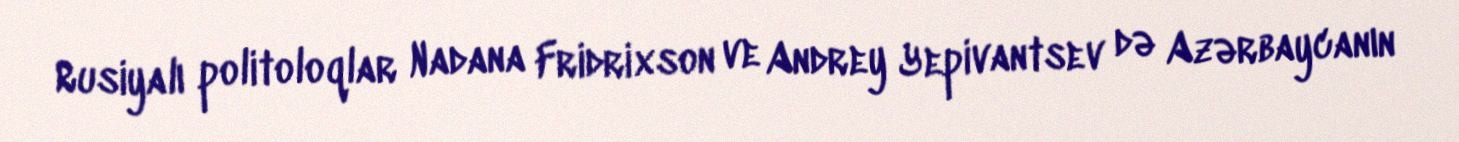
Rusiyalı politoloqlar Nadana Fridrixson ve Andrey Yepivantsev də Azərbaycanın